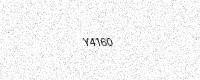
Text: Y4160